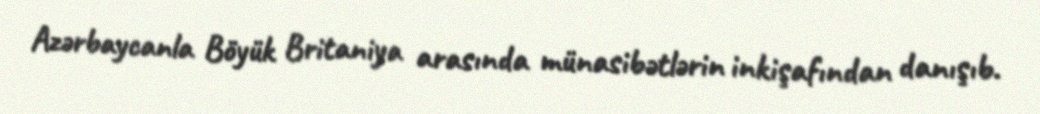
Azərbaycanla Böyük Britaniya arasında münasibətlərin inkişafından danışıb.